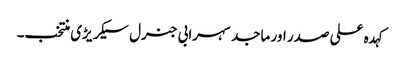
کہد ہ علی صدر اور ماجد سہرابی جنرل سیکر یڑی منتخب۔